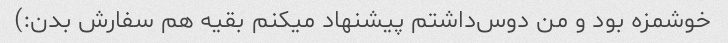
خوشمزه بود و من دوس‌داشتم پیشنهاد میکنم بقیه هم سفارش بدن:)